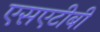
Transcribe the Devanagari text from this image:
एसएटीबी